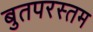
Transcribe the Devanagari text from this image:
बुतपरस्तम